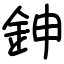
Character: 鉮